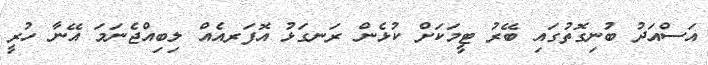
އަސްއަދު ބުނިގޮތުގައި ބޭރު ޓީމަކަށް ކުޅެން ރަނގަޅު އޮފަރއެއް ލިބިއްޖެނަމަ އޭނާ ހުރީ